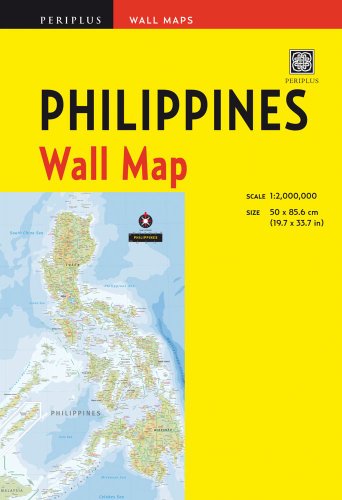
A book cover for Philippines Wall Map First Edition (Periplus Wall Maps); Travel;